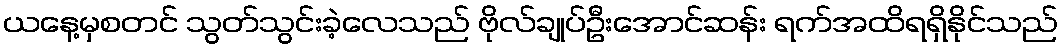
ယနေ့မှစတင် သွတ်သွင်းခဲ့လေသည် ဗိုလ်ချုပ်ဦးအောင်ဆန်း ရက်အထိရရှိနိုင်သည်